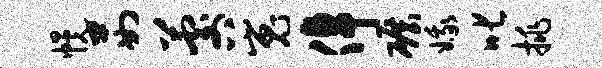
幌茹晷嵬倬碾娥叱挑